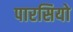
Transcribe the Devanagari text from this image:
पारसियो